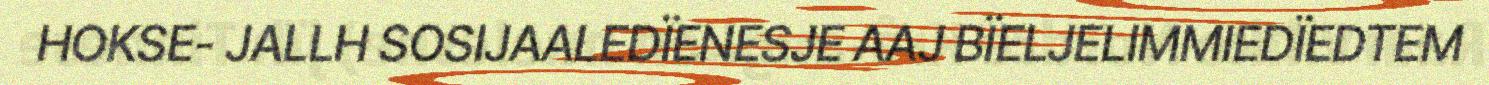
HOKSE- JALLH SOSIJAALEDÏENESJE AAJ BÏELJELIMMIEDÏEDTEM